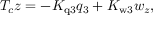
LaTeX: T _ { c } z = - K _ { \mathrm { q 3 } } q _ { 3 } + K _ { \mathrm { w 3 } } { w _ { z } } ,